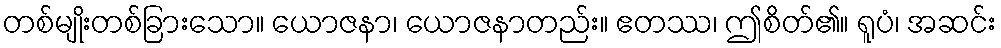
တစ်မျိုးတစ်ခြားသော။ ယောဇနာ၊ ယောဇနာတည်း။ ဧတဿ၊ ဤစိတ်၏။ ရူပံ၊ အဆင်း